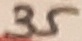
Text: 35